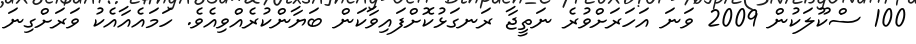
100 ސްކޫލަކުން 2009 ވަނަ އަހަރަށްވުރެ ނަތީޖާ ރަނގަޅުކޮށްފައިވާކަން ބަޔާންކުރެއްވިއެވެ. ހަމައެއާއެކު ވަރަށްގިނަ